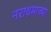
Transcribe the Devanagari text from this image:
नराधमाच्या